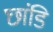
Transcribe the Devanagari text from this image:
छांडि